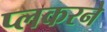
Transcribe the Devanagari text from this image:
प्लकरने